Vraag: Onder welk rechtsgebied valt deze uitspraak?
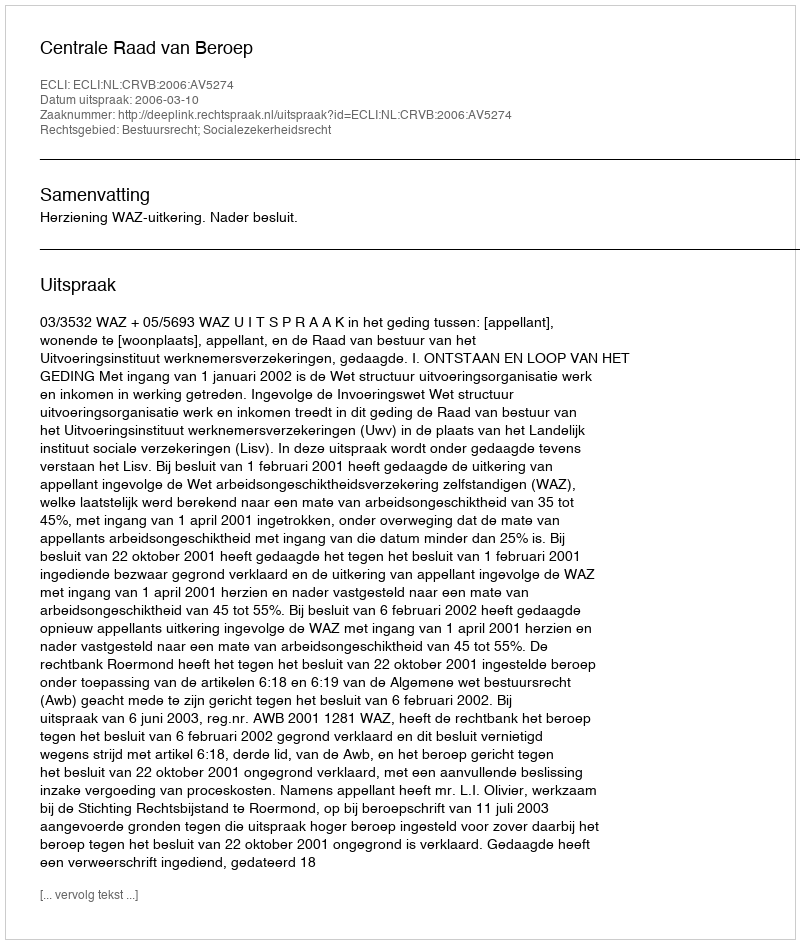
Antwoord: Bestuursrecht; Socialezekerheidsrecht